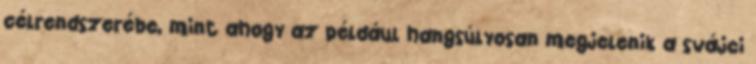
célrendszerébe, mint ahogy az például hangsúlyosan megjelenik a svájci